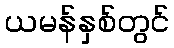
ယမန်နှစ်တွင်